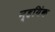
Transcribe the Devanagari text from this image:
न्हयिंक